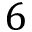
6